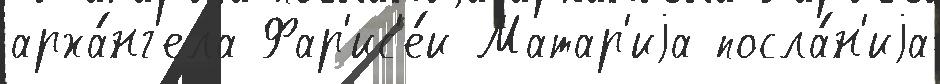
арха́нг'ела Фар'ис'е́и Матар'иjа посла́н'иjа